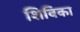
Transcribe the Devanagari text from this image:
शिबिका